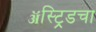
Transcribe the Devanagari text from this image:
ॲस्ट्रिडचा